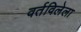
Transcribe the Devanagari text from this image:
वर्तविलेला